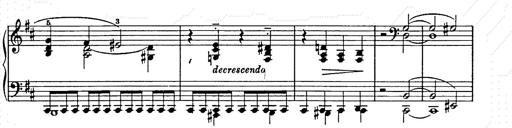
Title: Ballade No.2
Composer: Jan Skrzydlewski
Key: B minor